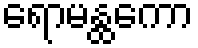
ရောမန္ထကော